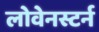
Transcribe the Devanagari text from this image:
लोवेनस्टर्न